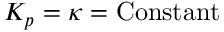
K _ { p } = \kappa = \mathrm { C o n s t a n t }